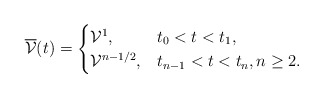
\begin{align*} \overline{\mathcal{V}}(t)= \begin{cases} \mathcal{V}^1, & t_0 < t < t_1, \\ \mathcal{V}^{n-1/2}, & t_{n-1} < t < t_n, n\geq 2. \end{cases} \end{align*}